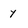
Character: y